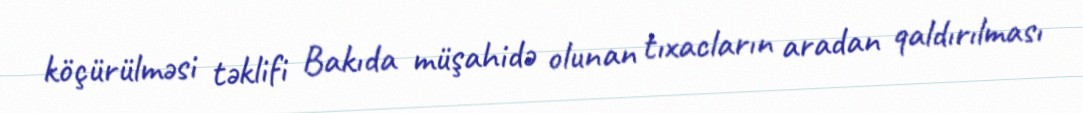
köçürülməsi təklifi Bakıda müşahidə olunan tıxacların aradan qaldırılması